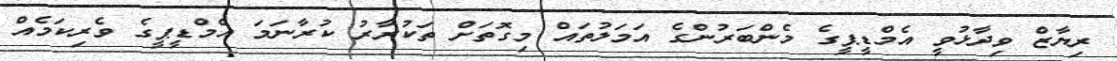
ރިޔާޒް ވިދާޅުވީ އެމްޑީޕީގެ މެންބަރުންގެ އަމަލުތައް މިގޮތަށް ތަކުރާރު ކުރާނަމަ އެމްޑީޕީގެ ވެރިކަމެއް